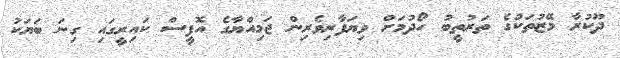
ދޫކުރާ މޭޒުތަކުގެ ތަރުތީބު ހޯދުމަށް ވިޔަފާރިވެރިން ޖަމިއްޔާގެ އޮފީސް ކައިރީގައި ގިނަ ބަޔަކު